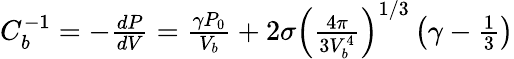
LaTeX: \begin{array}{r}{C_{b}^{-1}=-\frac{dP}{dV}=\frac{\gamma P_{0}}{V_{b}}+2\sigma\left(\frac{4\pi}{3V_{b}^{4}}\right)^{1/3}\left(\gamma-\frac{1}{3}\right)}\end{array}